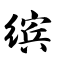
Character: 缤